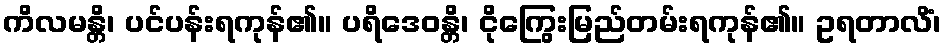
ကိလမန္တိ၊ ပင်ပန်းရကုန်၏။ ပရိဒေဝန္တိ၊ ငိုကြွေးမြည်တမ်းရကုန်၏။ ဥရတာလိံ၊